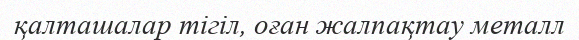
қалташалар тігіл, оған жалпақтау металл